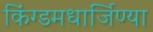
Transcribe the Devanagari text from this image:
किंग्डमधार्जिण्या